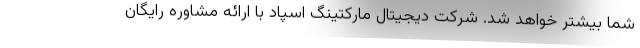
شما بیشتر خواهد شد. شرکت دیجیتال مارکتینگ اسپاد با ارائه مشاوره رایگان